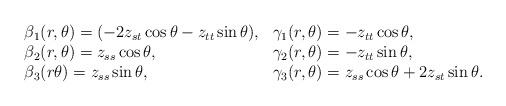
LaTeX: \begin{align*}\begin{array}{ll}\beta_{1}(r,\theta) ={(-2 z_{st} \cos \theta - z_{tt} \sin \theta)}, &\gamma_{1}(r,\theta) = {- z_{tt} \cos \theta},\\\beta_{2}(r,\theta) = { z_{ss} \cos \theta}, &\gamma_{2}(r,\theta) ={- z_{tt} \sin \theta}, \\\beta_{3}(r \theta)= { z_{ss} \sin \theta}, &\gamma_{3}(r,\theta) = {z_{ss} \cos \theta + 2 z_{st} \sin \theta}.\end{array}\end{align*}